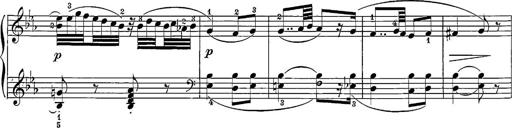
Title: 12 Sonatine per Pianoforte
Composer: Friedrich Kuhlau